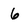
Character: 6